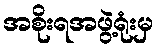
အစိုးရအဖွဲ့ရုံးမှ